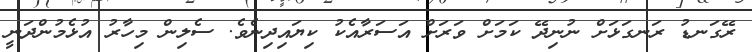
ރޭގަނޑު ރަނގަޅަށް ނުނިދޭ ކަމަށް ވަރަށް އަސަރާއެކު ކިޔައިދިނެވެ. ސެލިން މިހާރު އުޅެމުންދަނީ